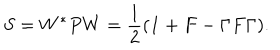
LaTeX: S = W ^ { * } P W = \frac { 1 } { 2 } ( { \bf 1 } + F - \Gamma F \Gamma ) .